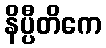
နိပ္ပီတိကေ